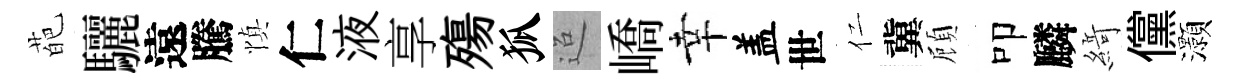
葩驪遠騰慎仁液享殤狐迢嶠幸盖世仁冀頋叩麟𦂶儻灝